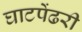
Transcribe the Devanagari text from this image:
घाटपेंढरी